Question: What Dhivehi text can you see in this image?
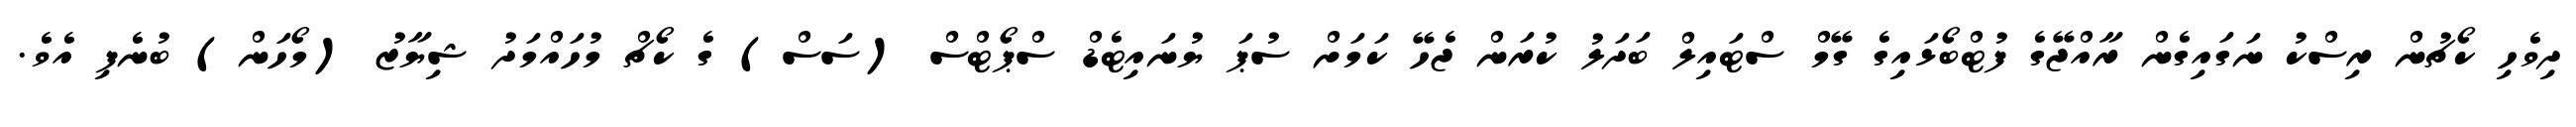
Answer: ދިވެހި ކޯޗުން ރިސްކު ނަގައިގެން ރާއްޖޭގެ ފުޓްބޯޅައިގެ ގޭމް ސްޓައިލް ބަދަލު ކުރަން ޖެހޭ ކަމަށް ސުޕަ ޔުނައިޓެޑް ސްޕޯޓްސް (ސަސް) ގެ ކޯޗް މުހައްމަދު ޝިޔާޒު (މޯހަން) ބުނެފި އެވެ.